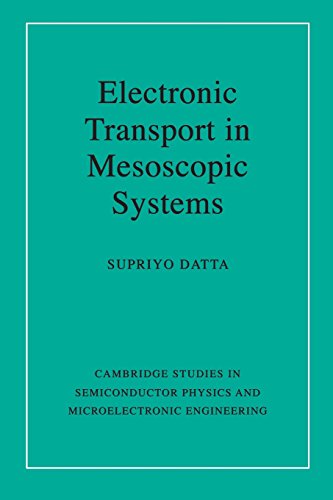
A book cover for Electronic Transport in Mesoscopic Systems (Cambridge Studies in Semiconductor Physics and Microelectronic Engineering); Supriyo Datta; Science & Math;